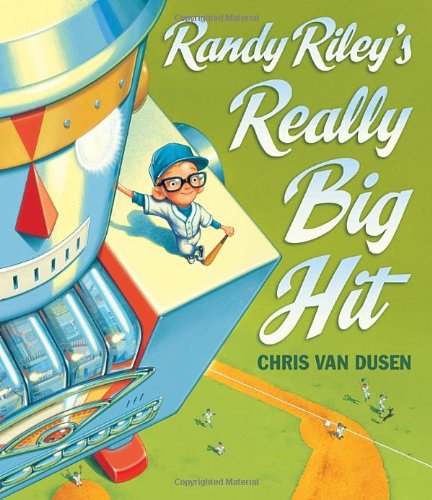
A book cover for Randy Riley's Really Big Hit; Chris Van Dusen; Children's Books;